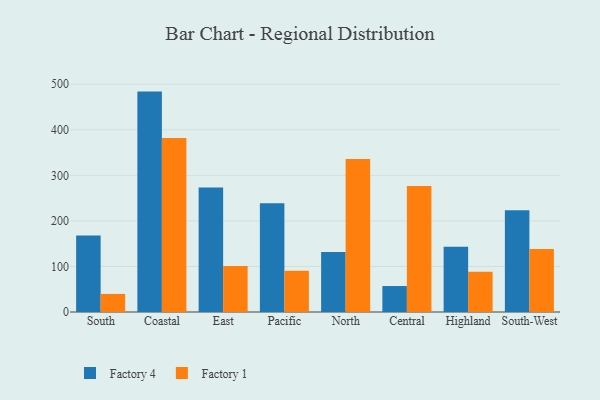
{"axis": {"x": "Region", "y": "Page Views"}, "legend": ["Factory 1", "Factory 4"], "data": [{"x": "South", "y": 167.8, "type": "Factory 4"}, {"x": "South", "y": 39.7, "type": "Factory 1"}, {"x": "Coastal", "y": 483.9, "type": "Factory 4"}, {"x": "Coastal", "y": 382.1, "type": "Factory 1"}, {"x": "East", "y": 273.5, "type": "Factory 4"}, {"x": "East", "y": 101.0, "type": "Factory 1"}, {"x": "Pacific", "y": 239.0, "type": "Factory 4"}, {"x": "Pacific", "y": 90.6, "type": "Factory 1"}, {"x": "North", "y": 132.0, "type": "Factory 4"}, {"x": "North", "y": 335.9, "type": "Factory 1"}, {"x": "Central", "y": 57.0, "type": "Factory 4"}, {"x": "Central", "y": 276.6, "type": "Factory 1"}, {"x": "Highland", "y": 143.2, "type": "Factory 4"}, {"x": "Highland", "y": 88.2, "type": "Factory 1"}, {"x": "South-West", "y": 223.2, "type": "Factory 4"}, {"x": "South-West", "y": 138.5, "type": "Factory 1"}]}